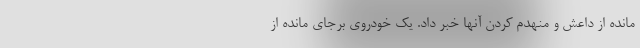
مانده از داعش و منهدم کردن آنها خبر داد. یک خودروی برجای مانده از